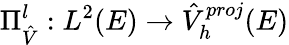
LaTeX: \Pi_{\hat{V}}^{l}:L^{2}(E)\rightarrow\hat{V}_{h}^{proj}(E)